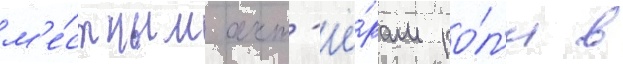
м'е́стным акт'ё́рам ро́л'и в